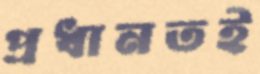
প্রধানতই